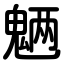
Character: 魉